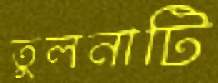
তুলনাটি